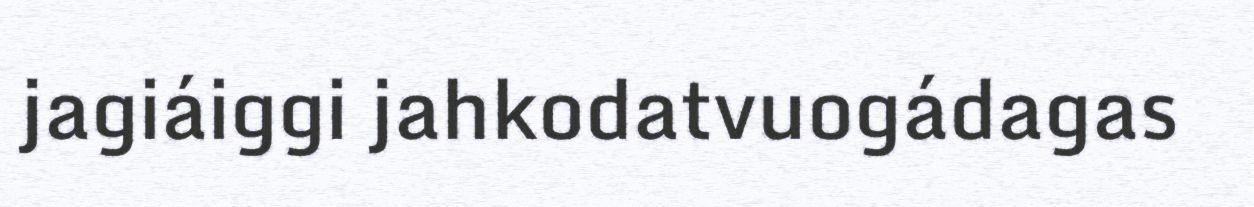
jagiáiggi jahkodatvuogádagas